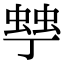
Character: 𧌾